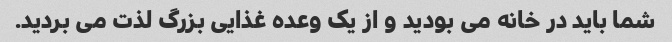
شما باید در خانه می بودید و از یک وعده غذایی بزرگ لذت می بردید.